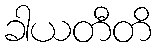
ခါယတီတိ